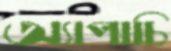
অ্যাপাচি